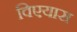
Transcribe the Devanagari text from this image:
विएयास